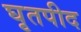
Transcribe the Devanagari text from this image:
घृतपीद